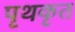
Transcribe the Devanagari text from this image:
पृथकृत